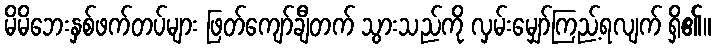
မိမိဘေးနှစ်ဖက်တပ်များ ဖြတ်ကျော်ချီတက် သွားသည်ကို လှမ်းမျှော်ကြည့်ရလျက် ရှိ၏။